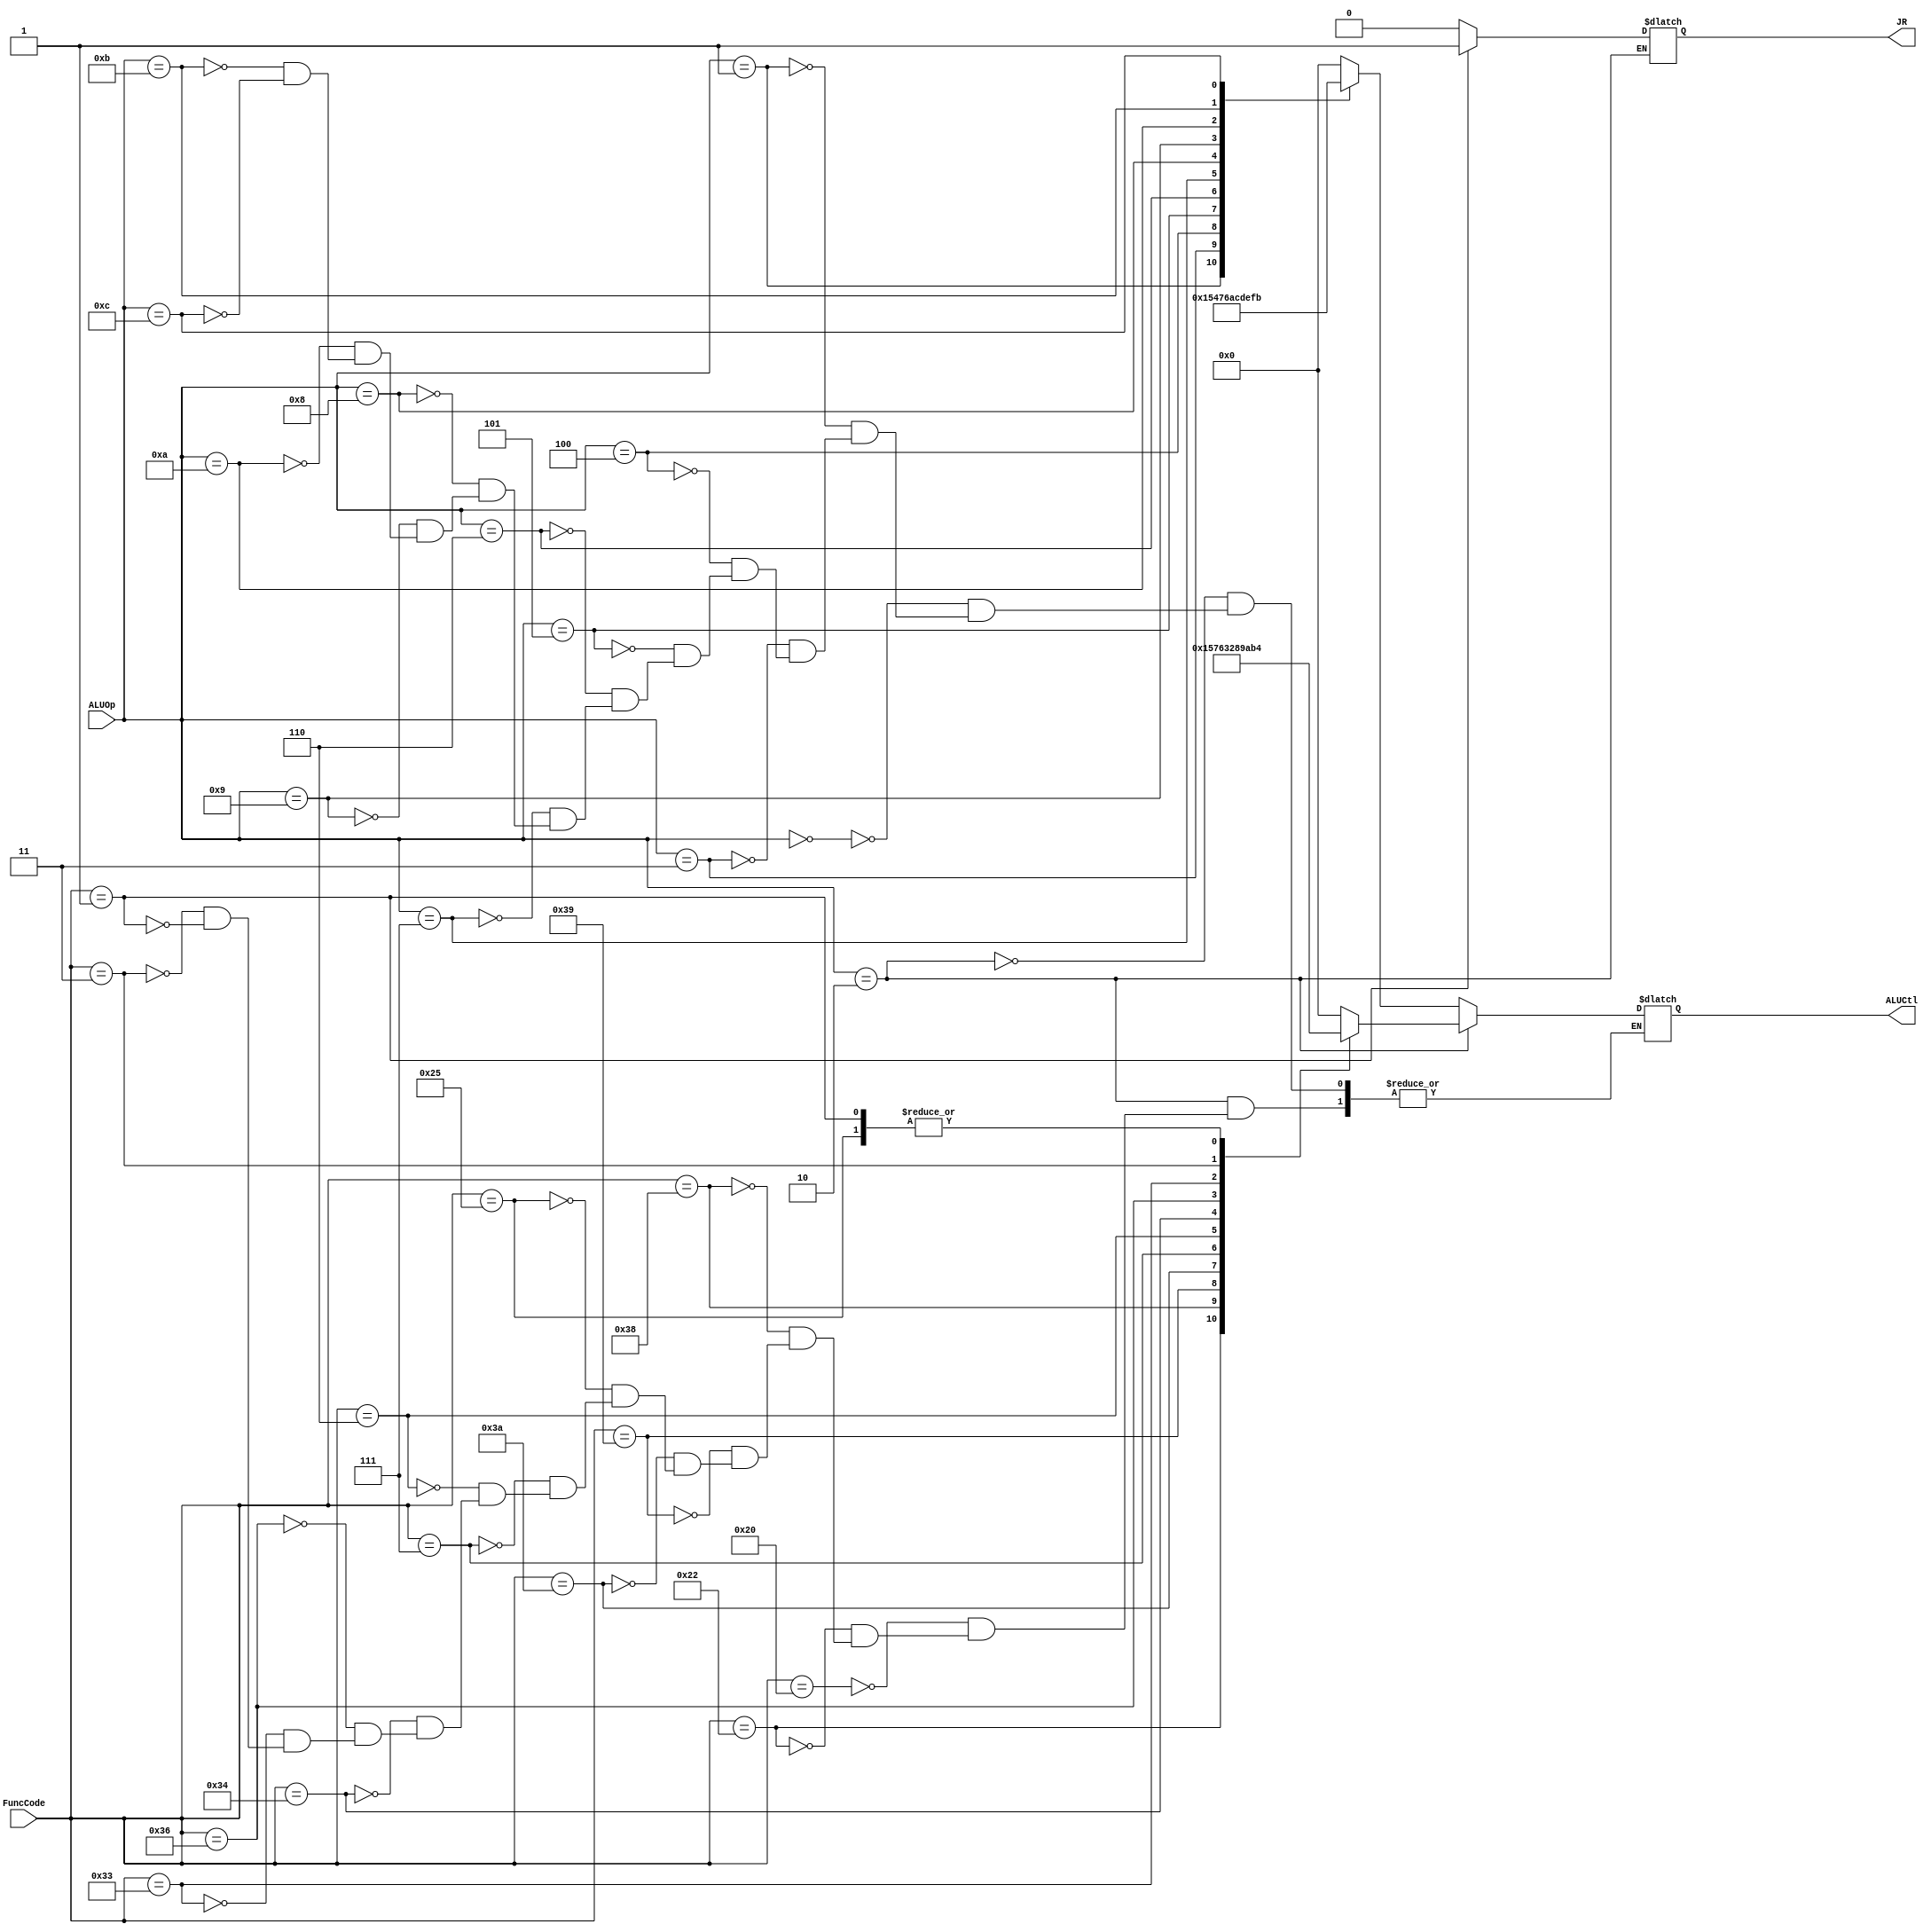
module ALUControl(ALUOp, FuncCode, ALUCtl,JR);
input [3:0] ALUOp;
input [5:0] FuncCode;
output reg JR;
output reg [3:0] ALUCtl;
always @(ALUOp, FuncCode) begin
    if ( ALUOp == 2 )
       begin
        if(FuncCode==6'b000001)
        JR =1;
        else JR=0;

        case (FuncCode)
            32: ALUCtl<=0; // add
            34: ALUCtl<=1; //subtract
            56: ALUCtl<=5; // and
            57: ALUCtl<=7; //OR
            58: ALUCtl<=6; //XOR
            37: ALUCtl<=4; //mul
            7:  ALUCtl<=3; //Shift Left
            6:  ALUCtl<=2; //Shift Right
            52: ALUCtl<=8; //Shift Left Arithmathic
            54: ALUCtl<=9; //Shift Right Arithmatich
            51: ALUCtl<=10; //Set Less Than
            3: ALUCtl<=11; //MOV
            1: ALUCtl<=20; //JR
           // default: ALUCtl<=10; // should not happen
        endcase
       end
    else
        case (ALUOp)
            0:  ALUCtl<=0; //ADD
            1: ALUCtl<=1; //SUB
            3: ALUCtl<=5; //AND
            4: ALUCtl<=4; //MUL
            5: ALUCtl<=7; //OR
            6: ALUCtl<=6; //XOR
            7: ALUCtl<=10; //Set Less Than
            8: ALUCtl<=12; //reset Greater
            9: ALUCtl<=13; // reset Less
            10:ALUCtl<=14; //Not equal
            11:ALUCtl<=15; //Zero
            12:ALUCtl<=11; //JAL
            //default: ALUCtl<=10; // should not happen
        endcase
end
endmodule